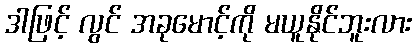
ဒါဖြင့် လွင် အခုမောင့်ကို မယူနိုင်ဘူးလား